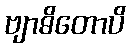
ဗျာဓိတောပိ